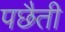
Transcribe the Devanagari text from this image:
पछैती